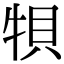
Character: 㸽